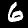
Digit: 6